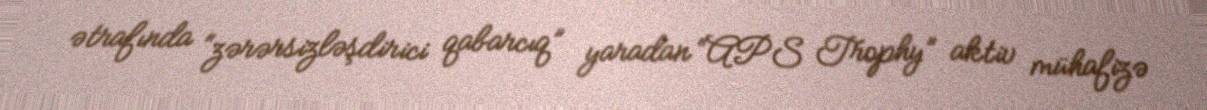
ətrafında “zərərsizləşdirici qabarcıq” yaradan “APS Trophy” aktiv mühafizə